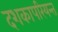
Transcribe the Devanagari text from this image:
दशकापरियन्त